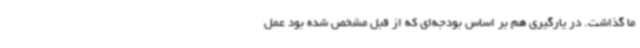
ما گذاشت. در یارگیری هم بر اساس بودجه‌ای که از قبل مشخص شده بود عمل